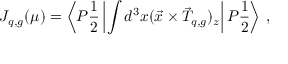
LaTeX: J _ { q , g } ( \mu ) = \left\langle P { \frac { 1 } { 2 } } \left| \int d ^ { 3 } x ( \vec { x } \times \vec { T } _ { q , g } ) _ { z } \right| P { \frac { 1 } { 2 } } \right\rangle \, ,